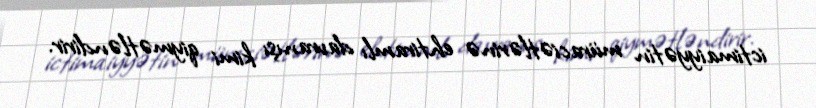
ictimaiyyətin müraciətlərinə ehtiramlı davranışı kimi qiymətləndirir.